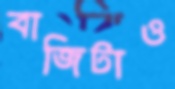
বাজিটাও